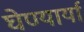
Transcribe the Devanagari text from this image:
घेण्यार्या